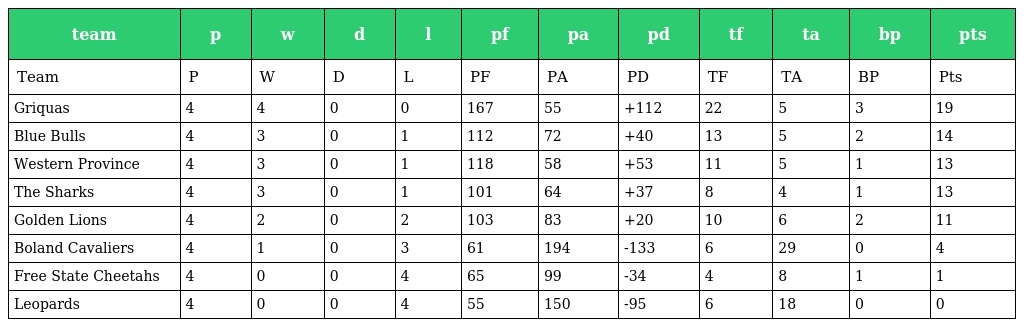
| team | p | w | d | l | pf | pa | pd | tf | ta | bp | pts |
 | --- | --- | --- | --- | --- | --- | --- | --- | --- | --- | --- | --- |
 | Team | P | W | D | L | PF | PA | PD | TF | TA | BP | Pts |
 | Griquas | 4 | 4 | 0 | 0 | 167 | 55 | +112 | 22 | 5 | 3 | 19 |
 | Blue Bulls | 4 | 3 | 0 | 1 | 112 | 72 | +40 | 13 | 5 | 2 | 14 |
 | Western Province | 4 | 3 | 0 | 1 | 118 | 58 | +53 | 11 | 5 | 1 | 13 |
 | The Sharks | 4 | 3 | 0 | 1 | 101 | 64 | +37 | 8 | 4 | 1 | 13 |
 | Golden Lions | 4 | 2 | 0 | 2 | 103 | 83 | +20 | 10 | 6 | 2 | 11 |
 | Boland Cavaliers | 4 | 1 | 0 | 3 | 61 | 194 | -133 | 6 | 29 | 0 | 4 |
 | Free State Cheetahs | 4 | 0 | 0 | 4 | 65 | 99 | -34 | 4 | 8 | 1 | 1 |
 | Leopards | 4 | 0 | 0 | 4 | 55 | 150 | -95 | 6 | 18 | 0 | 0 |